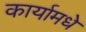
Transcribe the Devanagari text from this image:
कार्यामधे